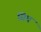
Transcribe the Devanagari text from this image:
सिघ